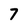
Character: 7